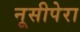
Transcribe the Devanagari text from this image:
नूसीपेरा